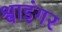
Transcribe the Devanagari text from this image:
श्वाइंगर